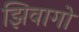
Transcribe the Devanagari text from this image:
झिवागो